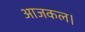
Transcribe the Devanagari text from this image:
आजकल।